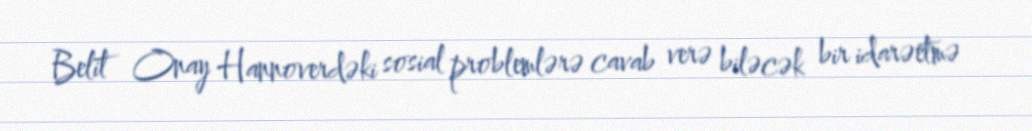
Belit Onay Hannoverdəki sosial problemlərə cavab verə biləcək bir idarəetmə